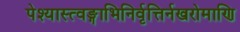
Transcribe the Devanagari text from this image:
पेश्यास्त्वङ्गाभिनिर्वृत्तिर्नखरोमाणि